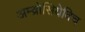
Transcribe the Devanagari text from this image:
अम्व्रोसियेविच